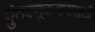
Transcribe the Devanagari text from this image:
गुंतवणूकदारासाठी